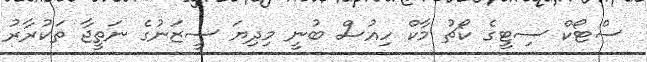
ސްޓޯކް ސިޓީގެ ކޯޗު މާކް ހިއުސް ބުނީ މިދިޔަ ސީޒަނުގެ ނަތީޖާ ތަކުރާރު